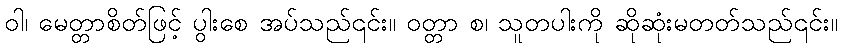
ဝါ၊ မေတ္တာစိတ်ဖြင့် ပွါးစေ အပ်သည်၎င်း။ ဝတ္တာ စ၊ သူတပါးကို ဆိုဆုံးမတတ်သည်၎င်း။